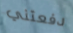
دفعتني